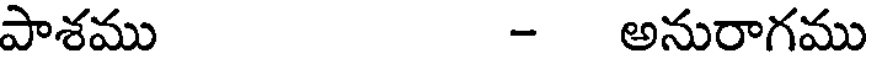
పాశము - అనురాగము